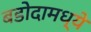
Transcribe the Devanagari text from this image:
बडोदामध्ये